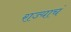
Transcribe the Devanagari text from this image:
राज्याचं